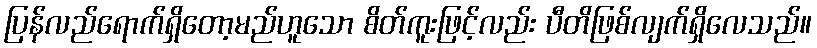
ပြန်လည်ရောက်ရှိတော့မည်ဟူသော စိတ်ကူးဖြင့်လည်း ပီတိဖြစ်လျက်ရှိလေသည်။